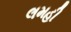
લમહી